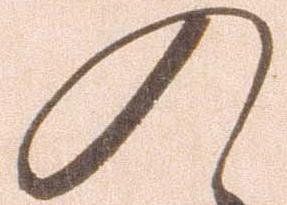
入